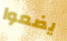
يضعوا